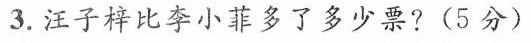
3.汪子梓比李小菲多了多少票?(5分)